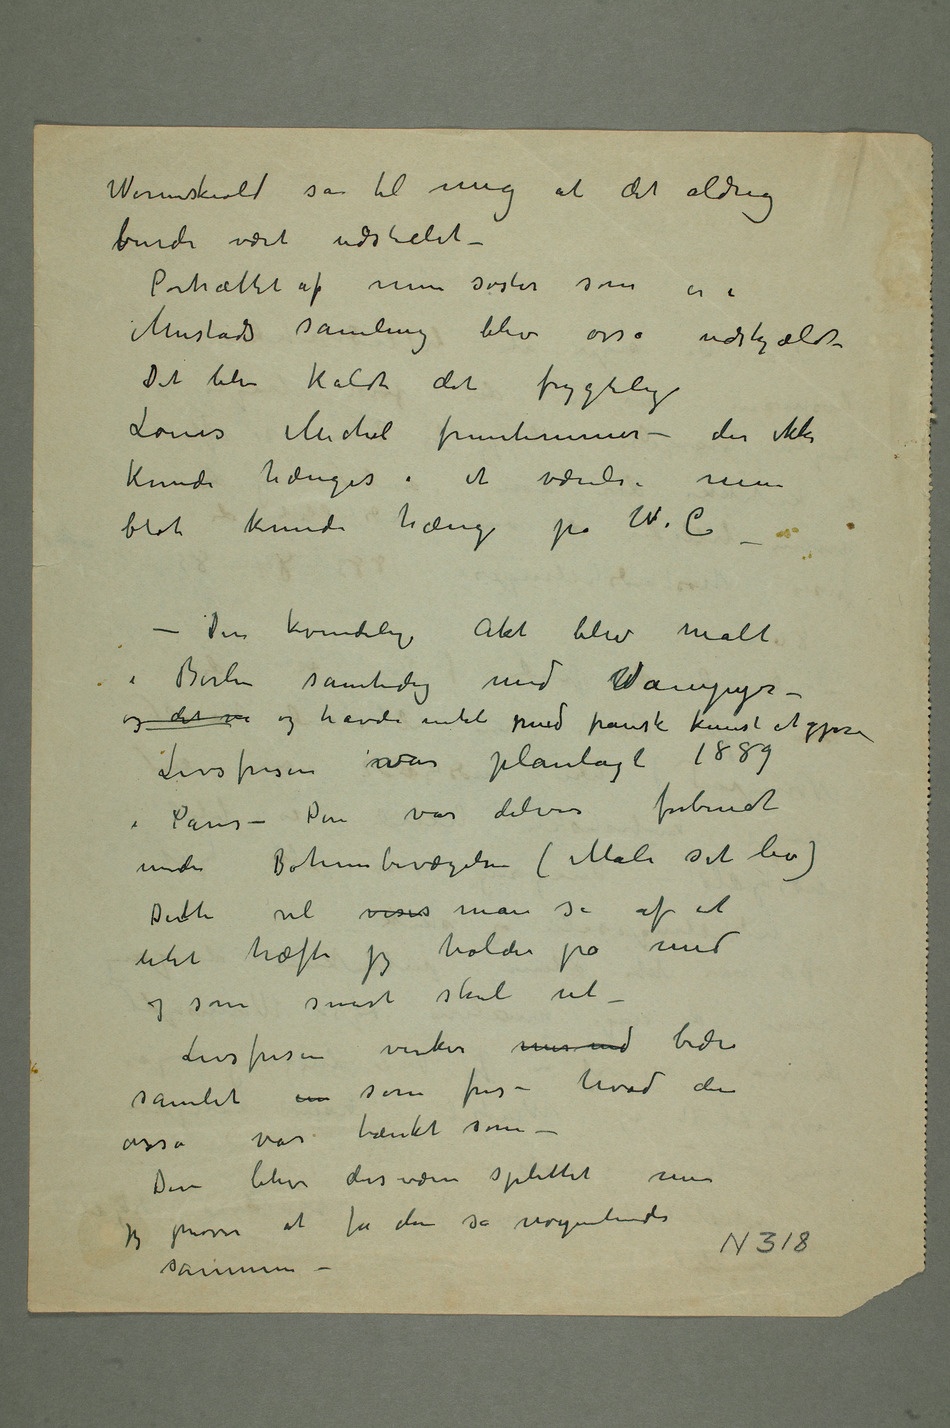
Werenskiold sa til mig at det aldrig
vburde vært udstillet –
Portrættet af min søster som er i
Mustads samling blev osså udskjældt
Det blev kaldt det frygtelige
Louis Michel fruentimmer – der ikke
kunde hænges i et værelse men
– Den kvindelige Akt blev malt
i Berlin samtidig med WVampyr –
og det var og havde intet med fransk kunst at gjøre
Livsfrisen var planlagt 1889
i Paris – Den var delvis forberedt
under Bohembevægelsen (Male sit liv)
Dentte vil vises man se af et
litet hæfte jeg holder på med
og som snart skal ut –
Livsfrisen virker mer end bedre
samlet en som fris – hvad den
osså var
– Den blev desværre splittet men
jeg prøver at få den så nogenlunde
sammen –